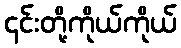
၎င်းတို့ကိုယ်ကိုယ်